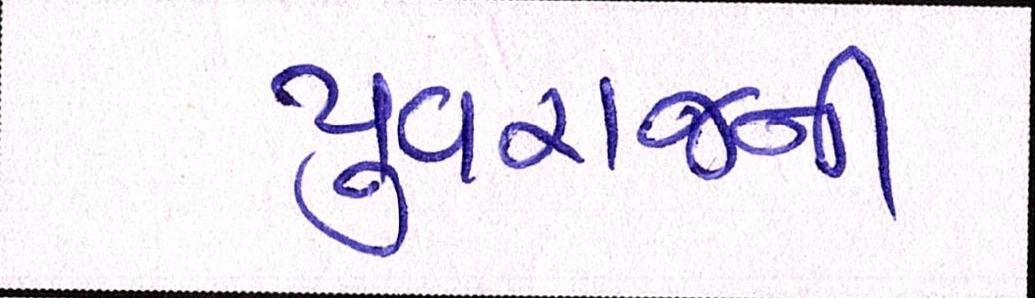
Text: યુવરાજની